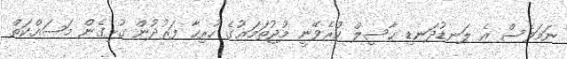
ނަމަވެސް އެ ލަނޑުދަނޑި ހާސިލް ކުރެވޭނީ މުޖުތަމަޢުގެ ހުރިހާ ފަރުދުން ގުޅިގެން މަސައްކަތް